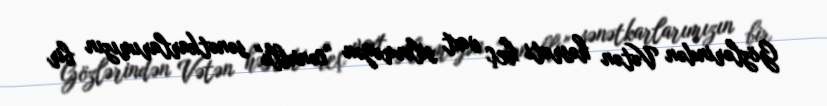
Gözlərindən Vətən həsrəti heç vaxt silinməyən "cənublu" sənətkarlarımızın bir